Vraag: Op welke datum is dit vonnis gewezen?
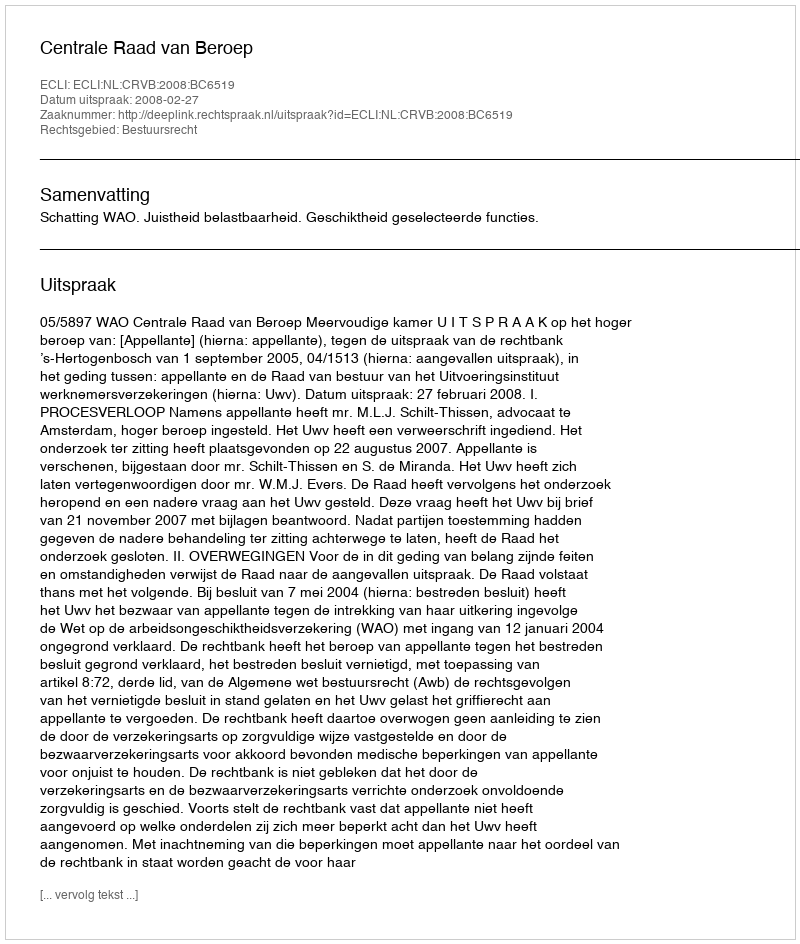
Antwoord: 2008-02-27